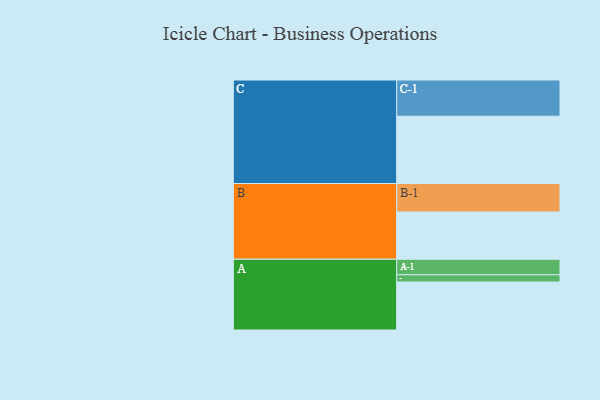
{"axis": {"x": "Segment", "y": "Value"}, "legend": ["", "A", "B", "C"], "data": [{"x": "A", "y": 396, "type": ""}, {"x": "B", "y": 390, "type": ""}, {"x": "C", "y": 555, "type": ""}, {"x": "A-1", "y": 128, "type": "A"}, {"x": "A-2", "y": 60, "type": "A"}, {"x": "B-1", "y": 235, "type": "B"}, {"x": "C-1", "y": 299, "type": "C"}]}